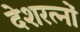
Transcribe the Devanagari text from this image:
देशरत्नों